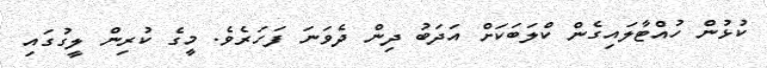
ކުޅުން ހުއްޓާލައިގެން ކްލަބަކަށް އަދަބު ދިން ދެވަނަ ފަހަރެވެ. މީގެ ކުރިން ލީގުގައި